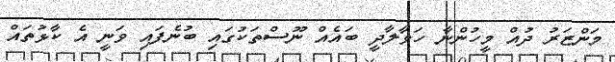
މަންޒަރު ދުއް މީހުންނާ ހަވާލާދީ ބައެއް ނޫސްތަކުގައި ބުނެފައި ވަނީ އެ ކާޅުތައް